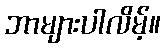
ဘာများပါလိမ့်။